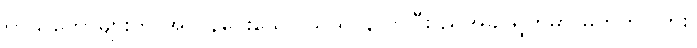
ကိုယ်တော်များက အလွန်ဝေးသော သုသာန်လာပြီး ညအခါ ရွတ်မှာ မဟုတ်ပါဘူး၊